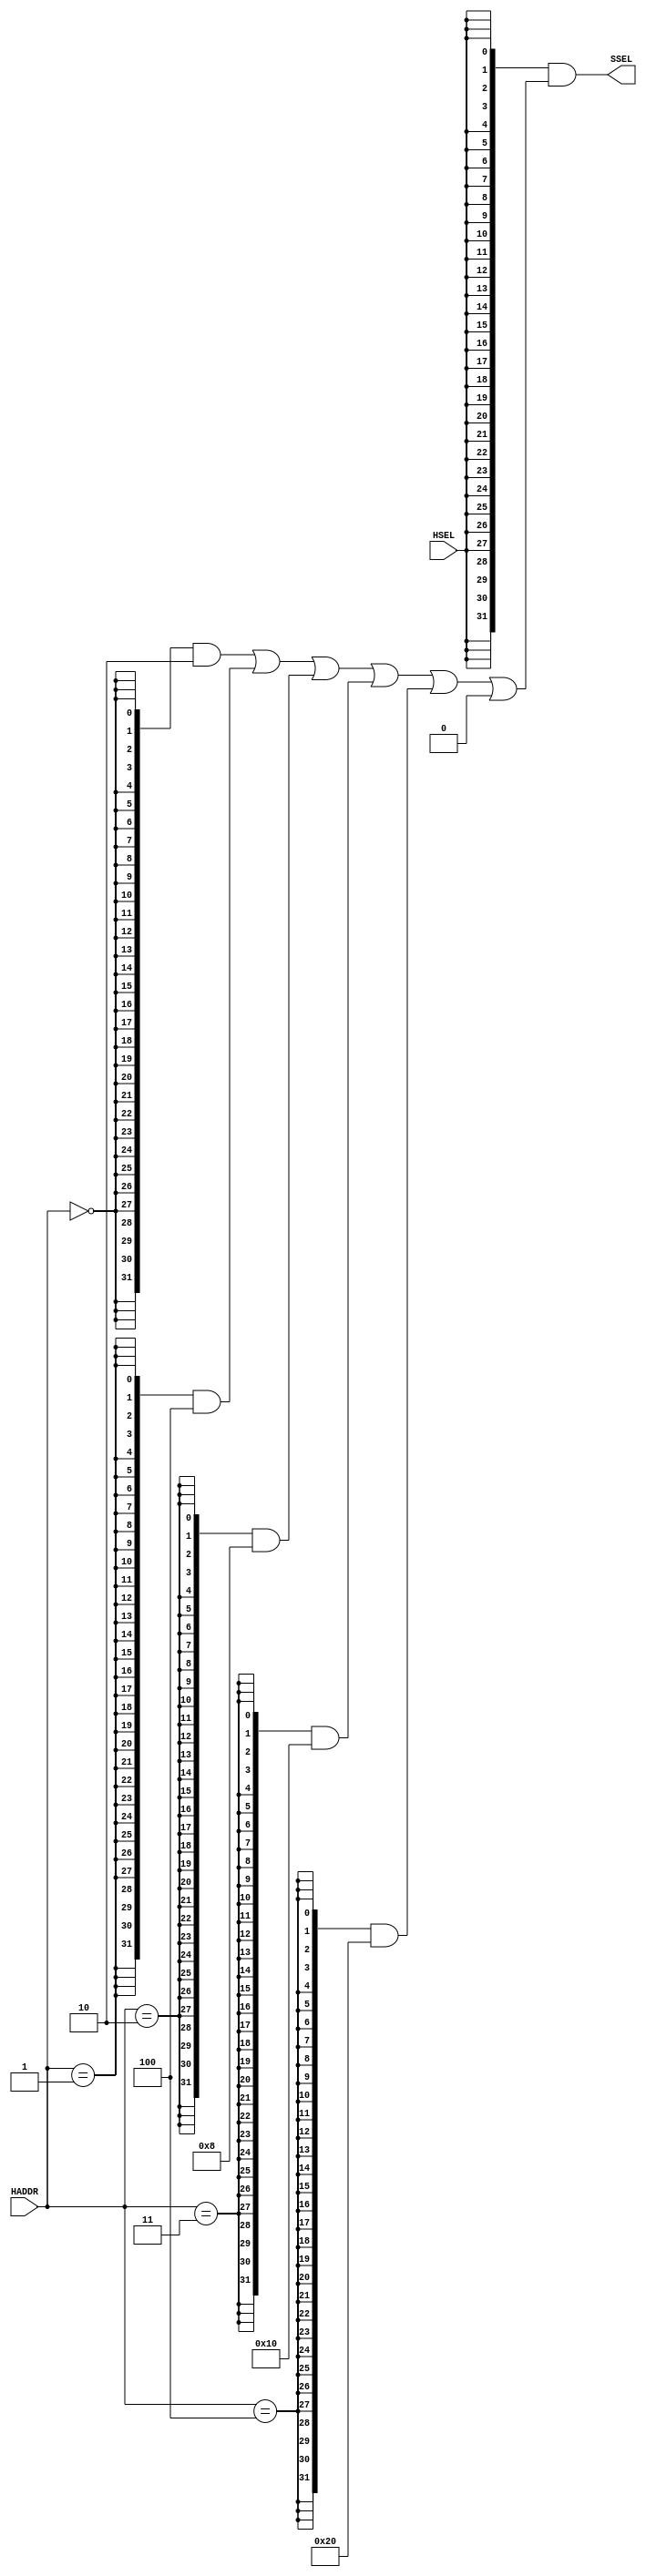
module PERI_DECODE
	(
	input HSEL,
	input [16:7]HADDR, //Divide peripheral Address base into 128 Bytes minimum (32 words)
	output [31:0]SSEL //Subrange SELect
	);
	wire [31:0] SELI;
	assign SSEL={32{HSEL}}&SELI;
	assign SELI=
	(
	({32{HADDR==10'h000}}&32'h00000002)|//SPI,128Byte
	({32{HADDR==10'h001}}&32'h00000004)|//AUART,128Byte
	({32{HADDR==10'h002}}&32'h00000008)|//S68000 Bus
	({32{HADDR==10'h003}}&32'h00000010)|//AFGPIO
	({32{HADDR==10'h004}}&32'h00000020)|//TIM
	
	32'b0000
	);
	
	
	
	
	
	
endmodule